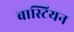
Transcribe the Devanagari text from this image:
बास्टियन